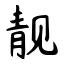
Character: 靓